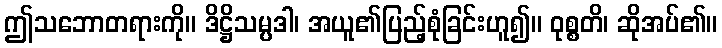
ဤသဘောတရားကို။ ဒိဋ္ဌိသမ္ပဒါ၊ အယူ၏ပြည့်စုံခြင်းဟူ၍။ ဝုစ္စတိ၊ ဆိုအပ်၏။